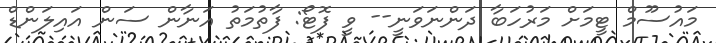
މައުސޫމް ޓީމަށް މަރުހަބާ ދަންނަވަނީ-- ވީ ފޮޓޯ: ފާތުމަތު އަނާން ސަން އައިލަންޑް